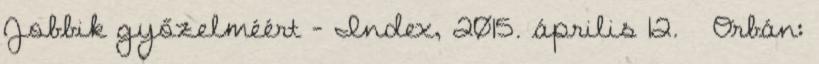
Jobbik győzelméért – Index, 2015. április 12. ↑ Orbán: